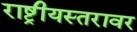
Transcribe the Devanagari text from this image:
राष्ट्रीयस्तरावर